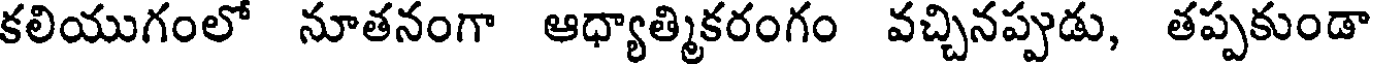
కలియుగంలో నూతనంగా ఆధ్యాత్మికరంగం వచ్చినప్పుడు, తప్పకుండా